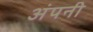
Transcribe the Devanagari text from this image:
अंपनी